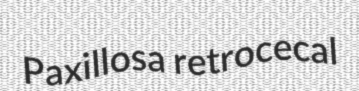
Paxillosa retrocecal